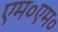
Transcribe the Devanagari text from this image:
एम०एम०